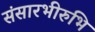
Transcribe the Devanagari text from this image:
संसारभीरुभि